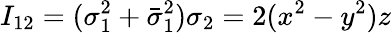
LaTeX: I_{12}=(\sigma_{1}^{2}+\bar{\sigma}_{1}^{2})\sigma_{2}=2(x^{2}-y^{2})z